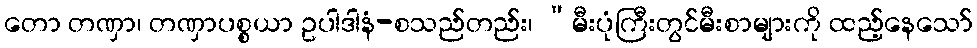
တော တဏှာ၊ တဏှာပစ္စယာ ဥပါဒါနံ-စသည်တည်း၊ “မီးပုံကြီးတွင်မီးစာများကို ထည့်နေသော်